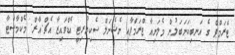
ޓްރަމްޕް ގެ އަނބިކަނަބަލުން މެލަނިއާ ޓްރަމްޕާއި ނެޝެނަލް ސެކިޔުރިޓީ އެޑްވައިޒާ އެޗް.އާރް. މެކްމާސްޓާ